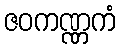
ဇဝကဏ္ဏကံ